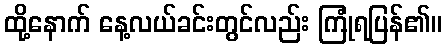
ထို့နောက် နေ့လယ်ခင်းတွင်လည်း ကြုံရပြန်၏။